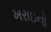
ખરાઇનો